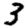
Digit: 3